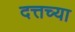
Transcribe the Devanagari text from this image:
दत्तच्या